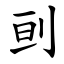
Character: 刯